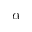
\alpha